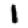
Digit: 1